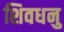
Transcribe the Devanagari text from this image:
शिवधनु